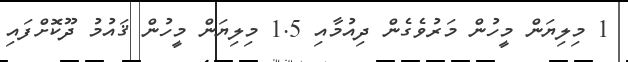
1 މިލިޔަން މީހުން މަރުވެގެން ދިއުމާއި 1.5 މިލިޔަން މީހުން ޤައުމު ދޫކޮށްފައި